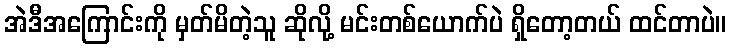
အဲဒီအကြောင်းကို မှတ်မိတဲ့သူ ဆိုလို့ မင်းတစ်ယောက်ပဲ ရှိတော့တယ် ထင်တာပဲ။